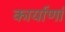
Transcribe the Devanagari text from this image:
कार्याणां